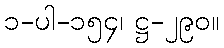
၁-ပါ-၁၅၄၊ ဋ္ဌ-၂၉၀။